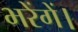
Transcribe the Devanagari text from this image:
भरेंगें।